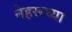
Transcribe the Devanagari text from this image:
नेहरूच्या